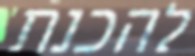
להכנת